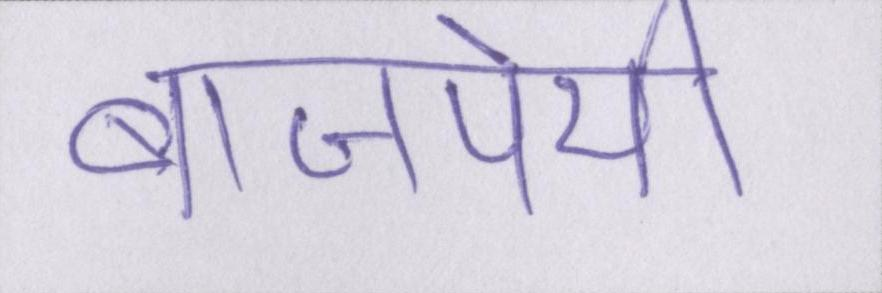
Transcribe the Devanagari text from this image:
बाजपेयी